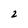
Character: 2